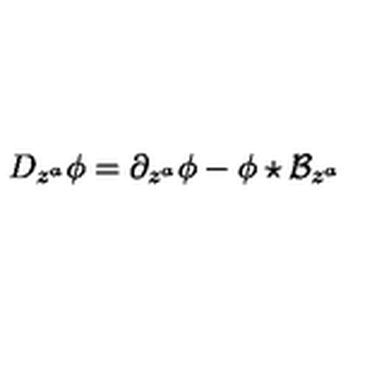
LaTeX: D _ { z ^ { a } } \phi = \partial _ { z ^ { a } } \phi - \phi \star \mathcal { B } _ { z ^ { a } }